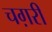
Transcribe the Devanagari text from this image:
चग़री